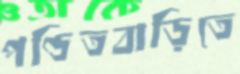
পণ্ডিতবাড়িতে